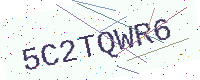
Text: 5C2TQWR6